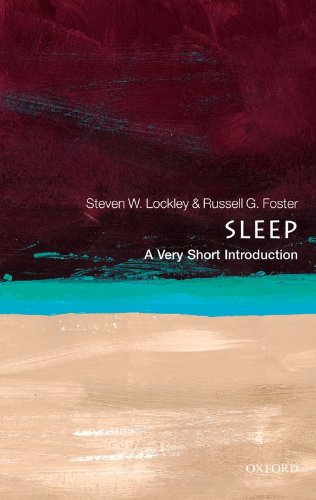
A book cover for Sleep: A Very Short Introduction; Steven W. Lockley; Health, Fitness & Dieting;